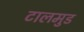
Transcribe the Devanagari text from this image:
टालमुड